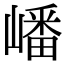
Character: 嶓